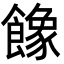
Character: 𩞧